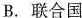
B.联合国